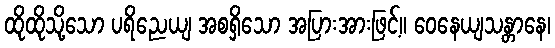
ထိုထိုသို့သော ပရိညေယျ အစရှိသော အပြားအားဖြင့်။ ဝေနေယျသန္တာနေ၊